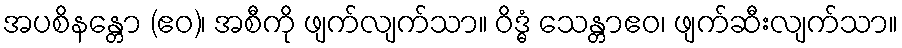
အပစိနန္တော (ဧဝ)၊ အစီကို ဖျက်လျက်သာ။ ဝိဒ္ဓံ သေန္တာဧဝ၊ ဖျက်ဆီးလျက်သာ။